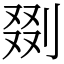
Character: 剟